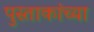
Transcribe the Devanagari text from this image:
पुस्ताकांच्या